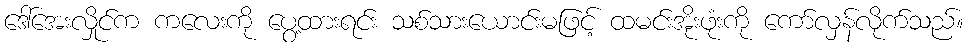
ဒေါ်အေးလှိုင်က ကလေးကို ပွေ့ထားရင်း သစ်သားယောင်းမဖြင့် ထမင်းအိုးဖုံးကို ကော်လှန်လိုက်သည်။